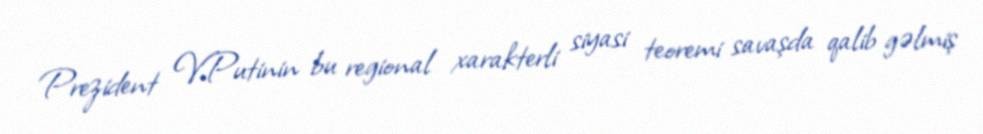
Prezident V.Putinin bu regional xarakterli siyasi teoremi savaşda qalib gəlmiş